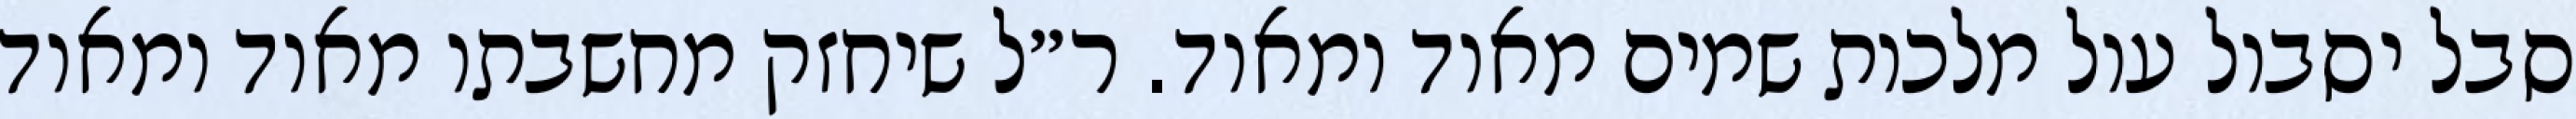
סבל יסבול עול מלכות שמים מאוד ומאוד. ר״ל שיחזק מחשבתו מאוד ומאוד